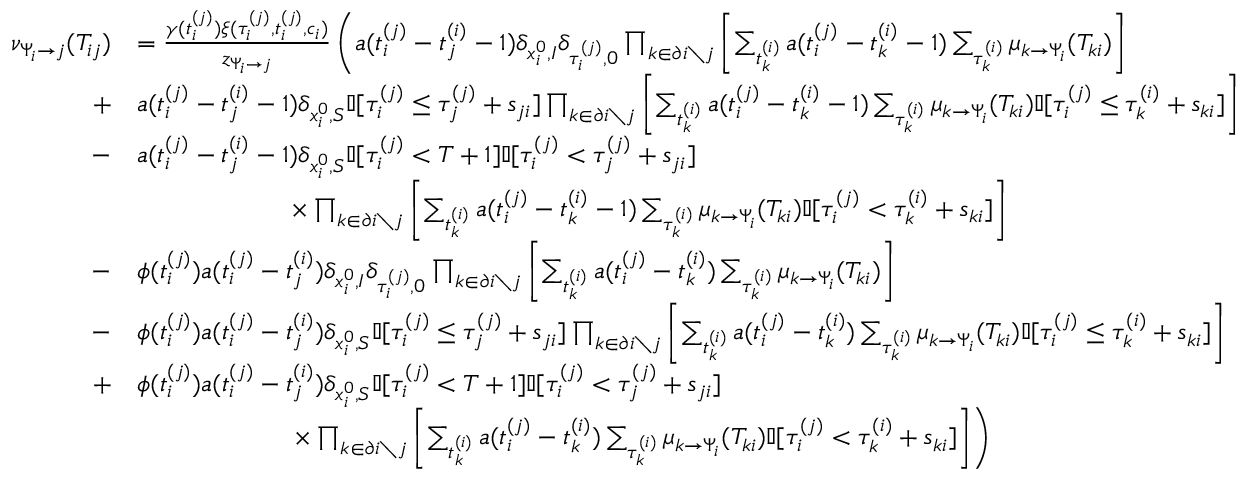
\begin{array} { r } { \begin{array} { r l } { \nu _ { \Psi _ { i } \to j } ( T _ { i j } ) } & { = \frac { \gamma ( t _ { i } ^ { ( j ) } ) \xi ( \tau _ { i } ^ { ( j ) } , t _ { i } ^ { ( j ) } , c _ { i } ) } { z _ { \Psi _ { i } \to j } } \left( a ( t _ { i } ^ { ( j ) } - t _ { j } ^ { ( i ) } - 1 ) \delta _ { x _ { i } ^ { 0 } , I } \delta _ { \tau _ { i } ^ { ( j ) } , 0 } \prod _ { k \in \partial i \setminus j } \left[ \sum _ { t _ { k } ^ { ( i ) } } a ( t _ { i } ^ { ( j ) } - t _ { k } ^ { ( i ) } - 1 ) \sum _ { \tau _ { k } ^ { ( i ) } } \mu _ { k \to \Psi _ { i } } ( T _ { k i } ) \right] \right. } \\ { + } & { a ( t _ { i } ^ { ( j ) } - t _ { j } ^ { ( i ) } - 1 ) \delta _ { x _ { i } ^ { 0 } , S } \mathbb { I } [ \tau _ { i } ^ { ( j ) } \leq \tau _ { j } ^ { ( j ) } + s _ { j i } ] \prod _ { k \in \partial i \setminus j } \left[ \sum _ { t _ { k } ^ { ( i ) } } a ( t _ { i } ^ { ( j ) } - t _ { k } ^ { ( i ) } - 1 ) \sum _ { \tau _ { k } ^ { ( i ) } } \mu _ { k \to \Psi _ { i } } ( T _ { k i } ) \mathbb { I } [ \tau _ { i } ^ { ( j ) } \leq \tau _ { k } ^ { ( i ) } + s _ { k i } ] \right] } \\ { - } & { a ( t _ { i } ^ { ( j ) } - t _ { j } ^ { ( i ) } - 1 ) \delta _ { x _ { i } ^ { 0 } , S } \mathbb { I } [ \tau _ { i } ^ { ( j ) } < T + 1 ] \mathbb { I } [ \tau _ { i } ^ { ( j ) } < \tau _ { j } ^ { ( j ) } + s _ { j i } ] } \\ & { \qquad \qquad \qquad \times \prod _ { k \in \partial i \setminus j } \left[ \sum _ { t _ { k } ^ { ( i ) } } a ( t _ { i } ^ { ( j ) } - t _ { k } ^ { ( i ) } - 1 ) \sum _ { \tau _ { k } ^ { ( i ) } } \mu _ { k \to \Psi _ { i } } ( T _ { k i } ) \mathbb { I } [ \tau _ { i } ^ { ( j ) } < \tau _ { k } ^ { ( i ) } + s _ { k i } ] \right] } \\ { - } & { \phi ( t _ { i } ^ { ( j ) } ) a ( t _ { i } ^ { ( j ) } - t _ { j } ^ { ( i ) } ) \delta _ { x _ { i } ^ { 0 } , I } \delta _ { \tau _ { i } ^ { ( j ) } , 0 } \prod _ { k \in \partial i \setminus j } \left[ \sum _ { t _ { k } ^ { ( i ) } } a ( t _ { i } ^ { ( j ) } - t _ { k } ^ { ( i ) } ) \sum _ { \tau _ { k } ^ { ( i ) } } \mu _ { k \to \Psi _ { i } } ( T _ { k i } ) \right] } \\ { - } & { \phi ( t _ { i } ^ { ( j ) } ) a ( t _ { i } ^ { ( j ) } - t _ { j } ^ { ( i ) } ) \delta _ { x _ { i } ^ { 0 } , S } \mathbb { I } [ \tau _ { i } ^ { ( j ) } \leq \tau _ { j } ^ { ( j ) } + s _ { j i } ] \prod _ { k \in \partial i \setminus j } \left[ \sum _ { t _ { k } ^ { ( i ) } } a ( t _ { i } ^ { ( j ) } - t _ { k } ^ { ( i ) } ) \sum _ { \tau _ { k } ^ { ( i ) } } \mu _ { k \to \Psi _ { i } } ( T _ { k i } ) \mathbb { I } [ \tau _ { i } ^ { ( j ) } \leq \tau _ { k } ^ { ( i ) } + s _ { k i } ] \right] } \\ { + } & { \phi ( t _ { i } ^ { ( j ) } ) a ( t _ { i } ^ { ( j ) } - t _ { j } ^ { ( i ) } ) \delta _ { x _ { i } ^ { 0 } , S } \mathbb { I } [ \tau _ { i } ^ { ( j ) } < T + 1 ] \mathbb { I } [ \tau _ { i } ^ { ( j ) } < \tau _ { j } ^ { ( j ) } + s _ { j i } ] } \\ & { \left. \qquad \qquad \qquad \times \prod _ { k \in \partial i \setminus j } \left[ \sum _ { t _ { k } ^ { ( i ) } } a ( t _ { i } ^ { ( j ) } - t _ { k } ^ { ( i ) } ) \sum _ { \tau _ { k } ^ { ( i ) } } \mu _ { k \to \Psi _ { i } } ( T _ { k i } ) \mathbb { I } [ \tau _ { i } ^ { ( j ) } < \tau _ { k } ^ { ( i ) } + s _ { k i } ] \right] \right) } \end{array} } \end{array}